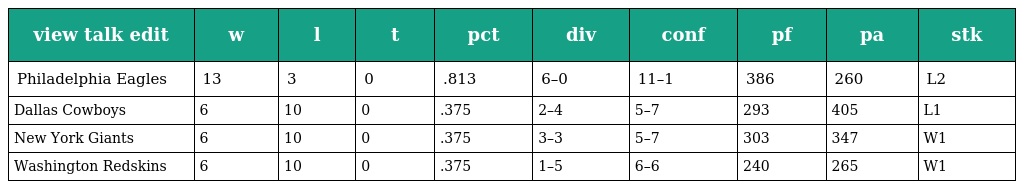
| view talk edit | w | l | t | pct | div | conf | pf | pa | stk |
 | --- | --- | --- | --- | --- | --- | --- | --- | --- | --- |
 | Philadelphia Eagles | 13 | 3 | 0 | .813 | 6–0 | 11–1 | 386 | 260 | L2 |
 | Dallas Cowboys | 6 | 10 | 0 | .375 | 2–4 | 5–7 | 293 | 405 | L1 |
 | New York Giants | 6 | 10 | 0 | .375 | 3–3 | 5–7 | 303 | 347 | W1 |
 | Washington Redskins | 6 | 10 | 0 | .375 | 1–5 | 6–6 | 240 | 265 | W1 |